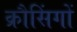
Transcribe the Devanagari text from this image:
क्रौसिंगों